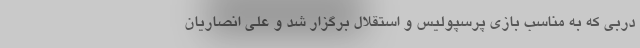
دربی که به مناسب بازی پرسپولیس و استقلال برگزار شد و علی انصاریان